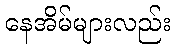
နေအိမ်များလည်း